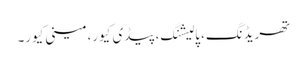
تھریڈنگ، پالیشنگ، پیڈی کیور، مینی کیور۔